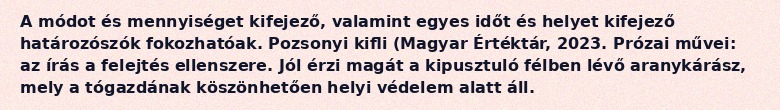
A módot és mennyiséget kifejező, valamint egyes időt és helyet kifejező határozószók fokozhatóak. Pozsonyi kifli (Magyar Értéktár, 2023. Prózai művei: az írás a felejtés ellenszere. Jól érzi magát a kipusztuló félben lévő aranykárász, mely a tógazdának köszönhetően helyi védelem alatt áll.